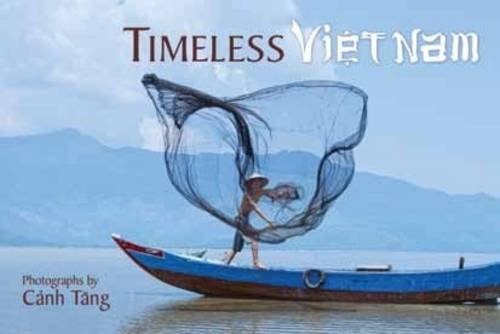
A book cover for Timeless Vietnam; Canh Tang; Travel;